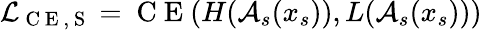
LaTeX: \mathcal{L}_{\mathrm{~C~E~,~S~}}=\mathrm{~C~E~}(H(\mathcal{A}_{s}(x_{s})),L(\mathcal{A}_{s}(x_{s})))